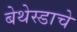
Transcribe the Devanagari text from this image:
बेथेस्डाचे